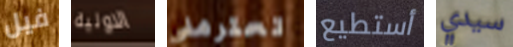
فيل الاولية تحترمني أستطيع سيدي